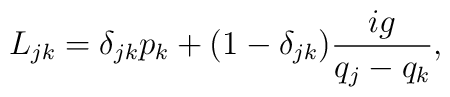
L_{jk} =\delta_{jk} p_k +(1-\delta_{jk})\frac{ig}{q_j-q_k},